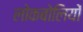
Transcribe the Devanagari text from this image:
लोकबोलियों